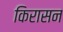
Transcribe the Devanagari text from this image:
किरासन